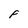
Character: F